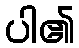
ပါ၏